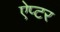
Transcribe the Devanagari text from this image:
ऐप्टर